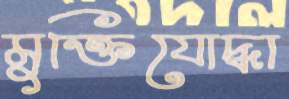
মুক্তিযোদ্ধা